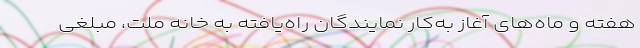
هفته و ماه‌های آغاز به‌کار نمایندگان راه‌یافته به خانه ملت، مبلغی